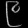
Digit: ၉